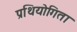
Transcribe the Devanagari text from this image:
प्रथियोगिता